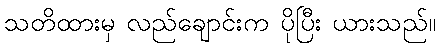
သတိထားမှ လည်ချောင်းက ပိုပြီး ယားသည်။